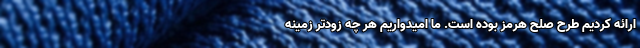
ارائه کردیم طرح صلح هرمز بوده است. ما امیدواریم هر چه زودتر زمینه